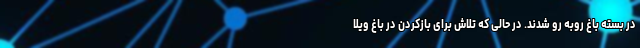
در بسته باغ روبه رو شدند. در حالی که تلاش برای بازکردن در باغ ویلا